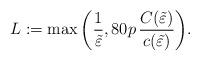
LaTeX: \begin{align*}L:=\max\bigg(\frac{1}{\tilde \varepsilon},80p\, \frac{ C( \tilde{\varepsilon}) }{ c(\tilde{\varepsilon})}\bigg).\end{align*}